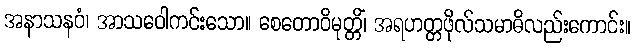
အနာသနဝံ၊ အာသဝေါကင်းသော။ စေတောဝိမုတ္တိံ၊ အရဟတ္တဖိုလ်သမာဓိလည်းကောင်း။